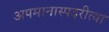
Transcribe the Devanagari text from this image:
अपमानास्पदरीत्या